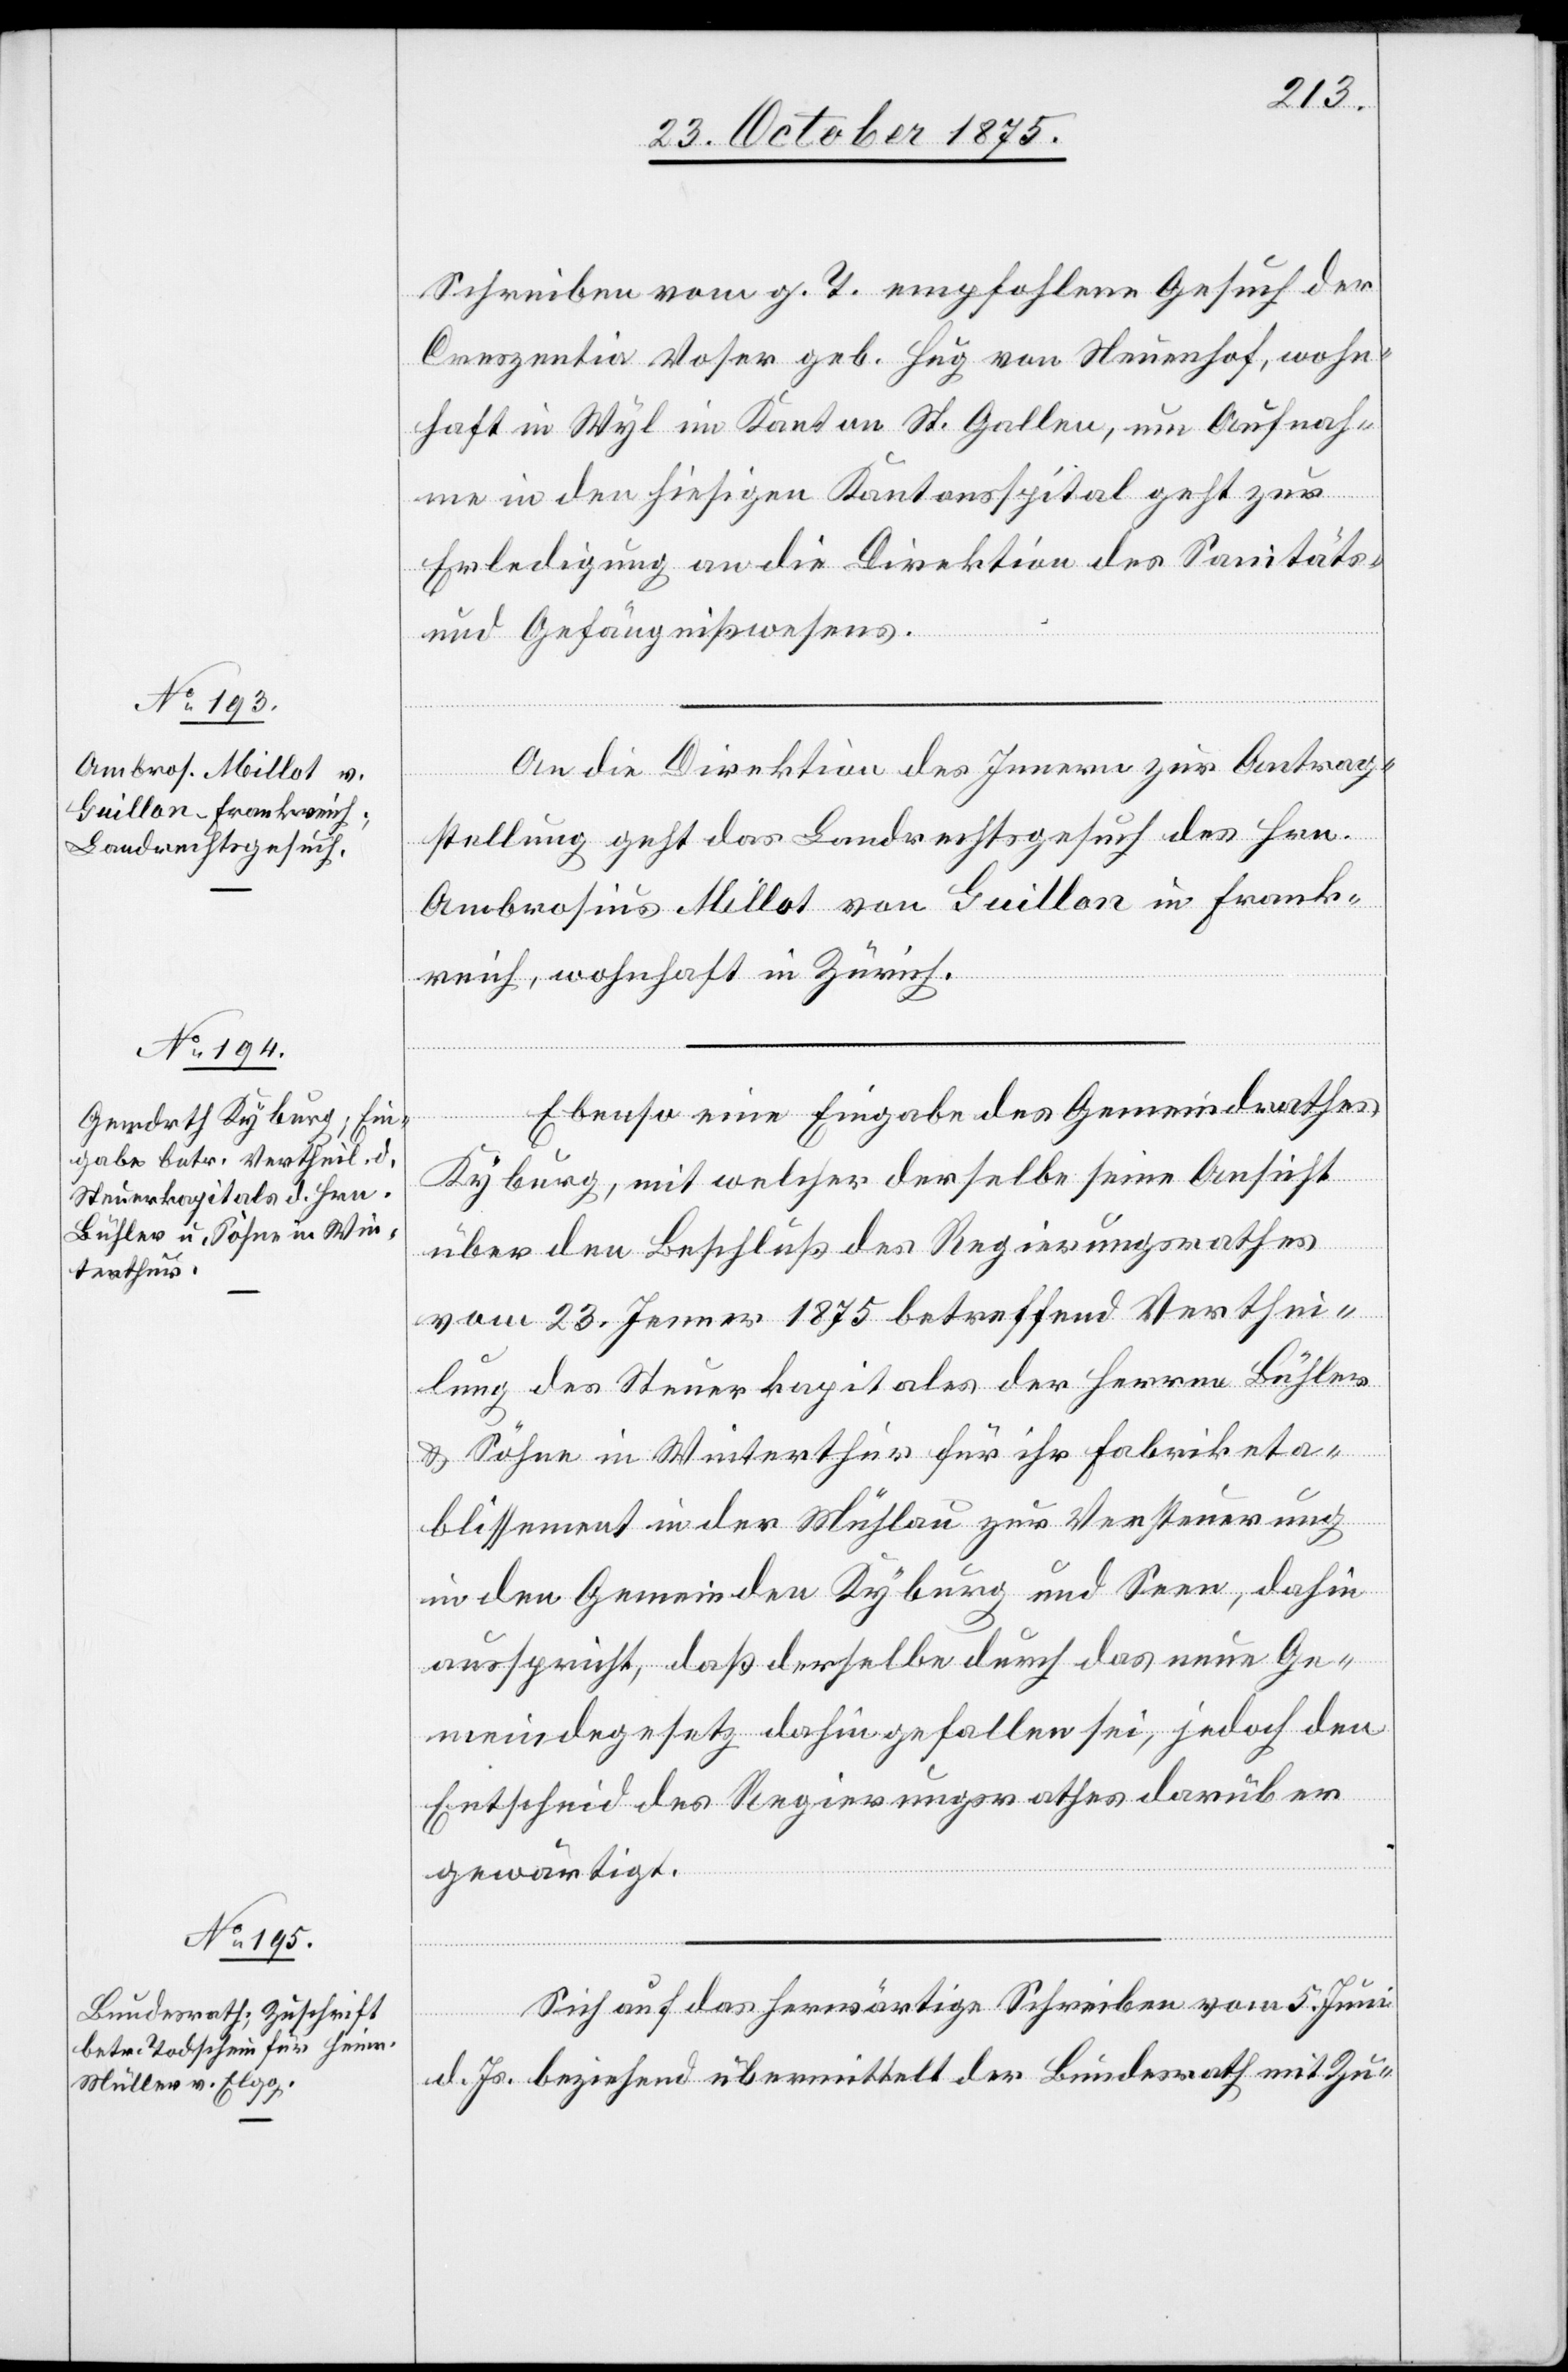
23. October 1875.]
Schreiben vom g. T. empfohlene Gesuch der
Creszentia Voser geb. Hug von Neuenhof, wohn¬
haft in Wyl im Kanton St. Gallen, um Aufnah¬
me in den hiesigen Kantonsspital geht zur
Erledigung an die Direktion des Sanitäts-
und Gefängnißwesens.
An die Direktion des Innern zur Antrag¬
stellung geht das Landrechtsgesuch des Hrn.
Ambrosius Millot von Guillon in Frank¬
reich, wohnhaft in Zürich.
Ebenso eine Eingabe des Gemeindrathes
Kyburg, mit welcher derselbe seine Ansicht
über den Beschluß des Regierungsrathes
vom 23. Jenner 1875 betreffend Verthei¬
lung des Steuerkapitales der Herren Bühler
& Söhne in Winterthur für ihr Fabriketa¬
blissement in der Mühlau zur Versteuerung
in den Gemeinden Kyburg und Seen, dahin
ausspricht, daß derselbe durch das neue Ge¬
meindegesetz dahin gefallen sei, jedoch den
Entscheid des Regierungsrathes darüber
gewärtigt.
Sich auf das herwärtige Schreiben vom 5. Juni
d. Js. beziehend übermittelt der Bundesrath mit Zu-